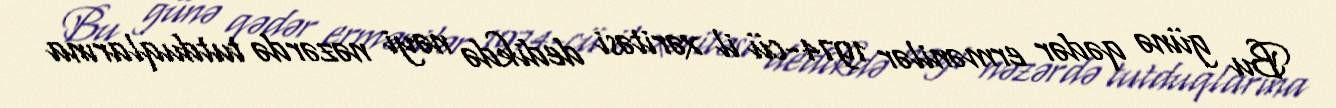
Bu günə qədər ermənilər 1974-cü il xəritəsi dedikdə nəyi nəzərdə tutduqlarına